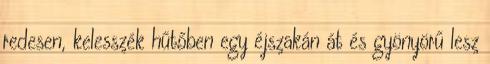
redesen, kelesszék hűtőben egy éjszakán át és gyönyörű lesz